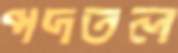
পদতল